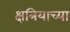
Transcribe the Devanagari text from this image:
क्षत्रियाच्या